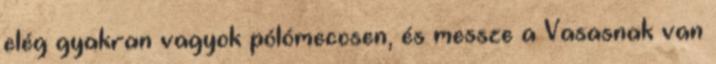
elég gyakran vagyok pólómeccsen, és messze a Vasasnak van